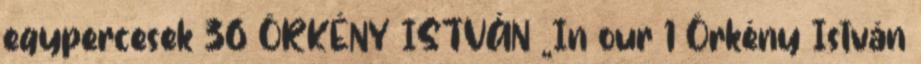
egypercesek 36 ÖRKÉNY ISTVÁN „In our 1 Örkény István